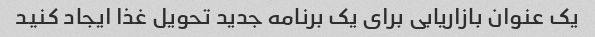
یک عنوان بازاریابی برای یک برنامه جدید تحویل غذا ایجاد کنید